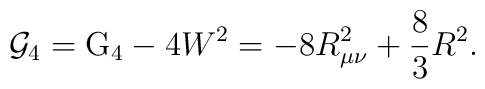
{\cal G}_{4}={\rm G}_{4}-4W^{2}=-8R_{\mu \nu }^{2}+\frac{8}{3}R^{2}.